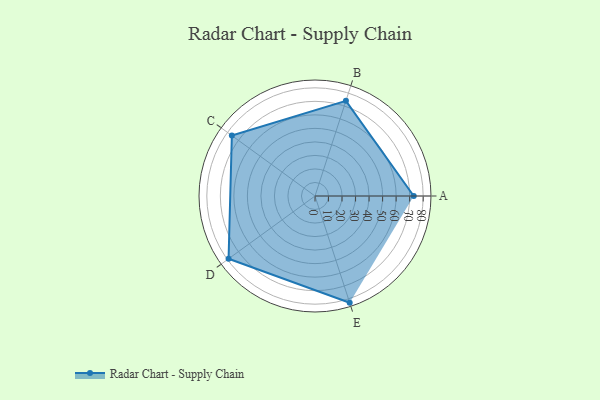
{"axis": {"x": "Skill", "y": "Score"}, "legend": ["Profile"], "data": [{"x": "A", "y": 73.0, "type": "Profile"}, {"x": "B", "y": 74.0, "type": "Profile"}, {"x": "C", "y": 76.0, "type": "Profile"}, {"x": "D", "y": 79.0, "type": "Profile"}, {"x": "E", "y": 83.0, "type": "Profile"}]}